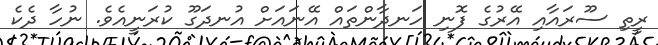
ރީތި ސޫރައާއި އޭރުގެ ފޮނި ހަނދާންތައް އޭނައަށް އުނދަގޫ ކުރަނީއެވެ. ނުހާ ދެކެ